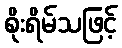
စိုးရိမ်သဖြင့်